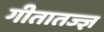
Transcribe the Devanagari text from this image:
गीतातज्ज्ञ